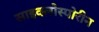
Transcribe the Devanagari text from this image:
साइक्लोस्पोरीन